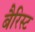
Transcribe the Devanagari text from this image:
बैरिस्ट